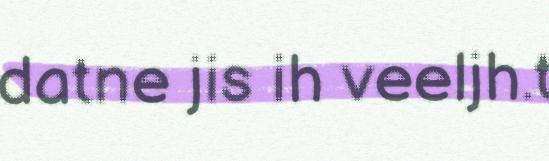
datne jis ih veeljh.t